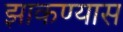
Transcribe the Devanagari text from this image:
झाकण्यास